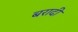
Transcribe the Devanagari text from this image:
बरादी